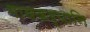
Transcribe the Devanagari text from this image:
गावकर्यानि